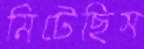
মিটেছিস